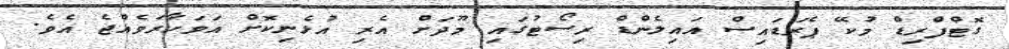
ގޮޓްފްރިޑް މުކޭ ޕެރަޑައިސް އައިލެންޑް ރިސޯޓުގައި މޫދަށް އެރި އުޅެނިކޮށް އަވަހާރަވެއްޖެ އެވެ.